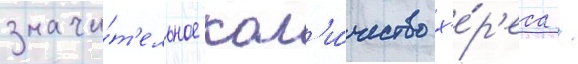
значи́т'ельное кол'и́чество х'е́р'еса /